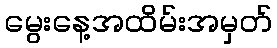
မွေးနေ့အထိမ်းအမှတ်